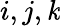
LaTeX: i,j,\mathit{k}